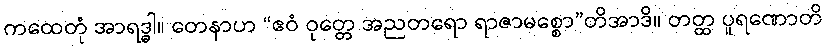
ကထေတုံ အာရဒ္ဓါ။ တေနာဟ “ဧဝံ ဝုတ္တေ အညတရော ရာဇာမစ္စော”တိအာဒိ။ တတ္ထ ပူရဏောတိ